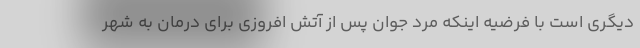
دیگری است با فرضیه اینکه مرد جوان پس از آتش افروزی برای درمان به شهر